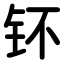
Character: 钚